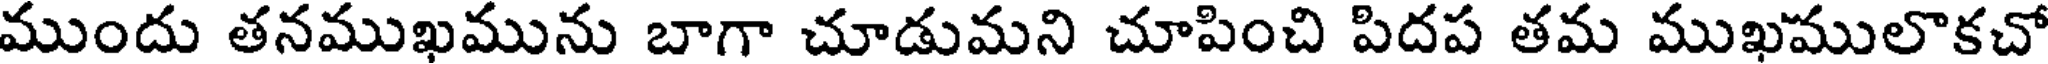
ముందు తనముఖమును బాగా చూడుమని చూపించి పిదప తమ ముఖములొకచో